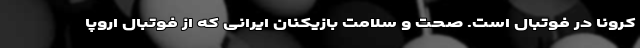
کرونا در فوتبال است. صحت و سلامت بازیکنان ایرانی که از فوتبال اروپا